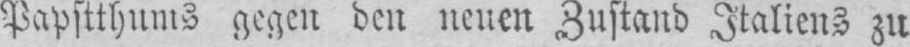
Papstthums gegen den neuen Zustand Italiens zu